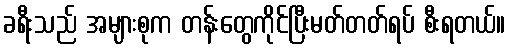
ခရီးသည် အများစုက တန်းတွေကိုင်ပြီးမတ်တတ်ရပ် စီးရတယ်။